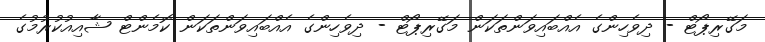
މަގޭރިޕޯޓް - ދިވެހިންގެ އެއްބައިވަންތަކަން މަގޭރިޕޯޓް - ދިވެހިންގެ އެއްބައިވަންތަކަން ކޮމެންޓް ޝާއިއުކުރުމުގެ